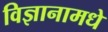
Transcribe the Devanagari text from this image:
विज्ञानामधे